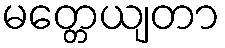
မတ္တေယျတာ